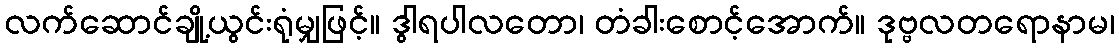
လက်ဆောင်ချို့ယွင်းရုံမျှဖြင့်။ ဒွါရပါလတော၊ တံခါးစောင့်အောက်။ ဒုဗ္ဗလတရောနာမ၊